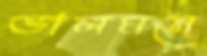
ভালমনে